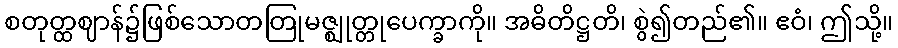
စတုတ္ထဈာန်၌ဖြစ်သောတတြုမဇ္ဈုတ္တုပေက္ခာကို။ အဓိတိဋ္ဌတိ၊ စွဲ၍တည်၏။ ဧဝံ၊ ဤသို့။